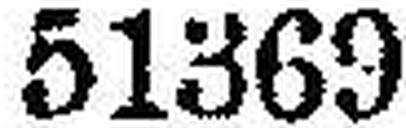
51369